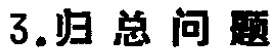
3.归总问题